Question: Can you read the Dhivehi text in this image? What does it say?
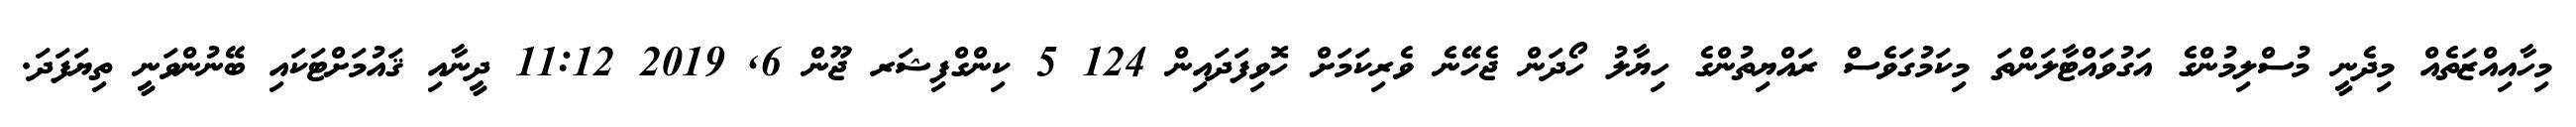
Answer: މިހާއިއްޒަތެއް މިދެނީ މުސްލިމުންގެ އަގުވައްޓާލަންތަ މިކަމުގަވެސް ރައްޔިތުންގެ ހިޔާލު ހޯދަން ޖެހޭނެ ވެރިކަމަށް ހޮވިފަދައިން 124 5 ކިންގްފިޝަރ ޖޫން 6, 2019 11:12 ދީނާއި ޤައުމަށްޓަކައި ބޭނުންވަނީ ތިޔަފަދަ.